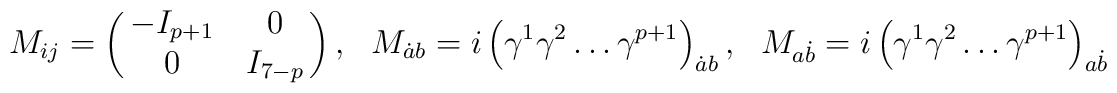
M_{ij} = \pmatrix {- I_{p+1}& 0 \cr      0 &   I_{7-p}  \cr}, \ \ \ M_{\dot{a} b} = i\left(\gamma^1\gamma^2 \dots \gamma^{p+1}\right)_{\dot{a} b}, \ \ \ M_{a \dot{b}} = i\left(\gamma^1\gamma^2 \dots \gamma^{p+1}\right)_{a\dot{b}}